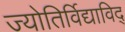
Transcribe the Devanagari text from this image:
ज्योतिर्विद्याविद्